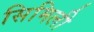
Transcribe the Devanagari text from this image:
सिमिली